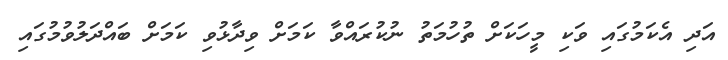
އަދި އެކަަމުގައި ވަކި މީހަކަށް ތުހުމަތު ނުކުރައްވާ ކަމަށް ވިދާޅުވި ކަމަށް ބައްދަލުވުމުގައި